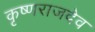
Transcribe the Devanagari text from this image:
कृष्णराजदेव